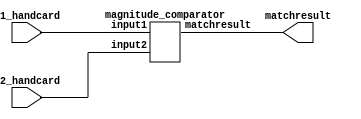

module compare(
    input [3:0] p1_handcard,
    input [3:0] p2_handcard,
    output [1:0] matchresult
);
magnitude_comparator compare(p1_handcard, p2_handcard, matchresult);


endmodule

module onebit_cmp(
    input in_a, in_b,
    output [1:0]result
    );
     wire andab1, andab2;
    and(andab1, ~in_a,in_b);
    and(andab2, in_a,~in_b);
    or(result[1], andab1, andab2);
    or(result[0], ~in_a, in_b);

endmodule

module magnitude_comparator(
    input [3:0] input1,
    input [3:0] input2,
    output [1:0] matchresult);

    wire [1:0] res_0, res_1,res_2,res_3;
    onebit_cmp cmp3(input1[3],input2[3],res_3);
    onebit_cmp cmp2(input1[2],input2[2],res_2);
    onebit_cmp cmp1(input1[1],input2[1],res_1);
    onebit_cmp cmp0(input1[0],input2[0],res_0);
   assign matchresult[1] = res_3[1] | (~res_3[1] & res_3[0] & (res_2[1] | (~res_2[1] & res_2[0] & (res_1[1] | (~res_3[1] & res_1[0] & res_0[1])))));

assign matchresult[0]=(res_3[1]&res_3[0])|(~res_3[1]&res_3[0]&res_2[0]&(res_2[1]| (~res_2[1]&res_1[0]&(res_1[1]|(~res_1[1]&res_0[0])))));


endmodule